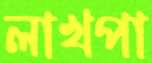
লাখপা